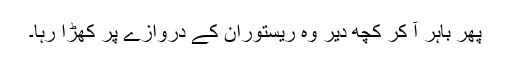
پھر باہر آ کر کچھ دیر وہ ریستوران کے دروازے پر کھڑا رہا۔